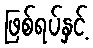
ဖြစ်ရပ်နှင့်